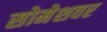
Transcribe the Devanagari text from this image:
सोमेशवर